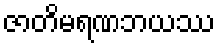
ဇာတိမရဏဘယဿ